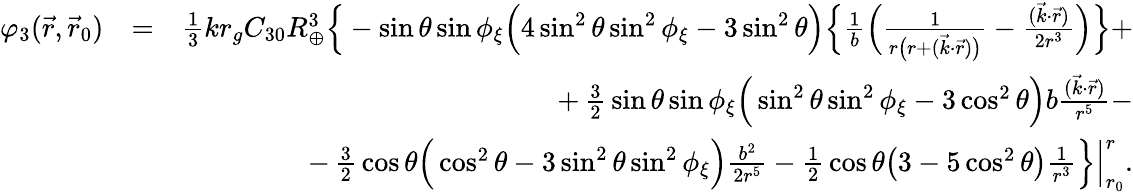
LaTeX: \begin{array}{rlr}{\varphi_{3}(\vec{r},\vec{r}_{0})}&{=}&{{\textstyle\frac{1}{3}}kr_{g}C_{30}R_{\oplus}^{3}\Big\{ -\sin\theta\sin\phi_{\xi}\Big(4\sin^{2}\theta\sin^{2}\phi_{\xi}-3\sin^{2}\theta\Big)\Big\{ \frac{1}{b}\Big(\frac{1}{r\big(r+(\vec{k}\cdot\vec{r})\big)}-\frac{(\vec{k}\cdot\vec{r})}{2r^{3}}\Big)\Big\} +}\\ &{}&{+\, {\textstyle\frac{3}{2}}\sin\theta\sin\phi_{\xi}\Big(\sin^{2}\theta\sin^{2}\phi_{\xi}-3\cos^{2}\theta\Big)b\frac{(\vec{k}\cdot\vec{r})}{r^{5}}-}\\ &{}&{-\, {\textstyle\frac{3}{2}}\cos\theta\Big(\cos^{2}\theta-3\sin^{2}\theta\sin^{2}\phi_{\xi}\Big)\frac{b^{2}}{2r^{5}}-{\textstyle\frac{1}{2}}\cos\theta\big(3-5\cos^{2}\theta\big)\frac{1}{r^{3}}\Big\} \Big|_{r_{0}}^{r}.}\end{array}